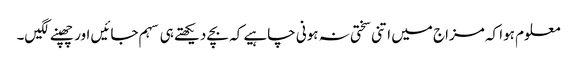
معلوم ہوا کہ مزاج میں اتنی سختی نہ ہونی چاہیے کہ بچے دیکھتے ہی سہم جائیں اور چھپنے لگیں۔